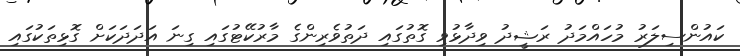
ކައުންސިލަރު މުހައްމަދު ރަޝީދު ވިދާޅުވި ގޮތުގައި ދަތުވެރިންގެ މާރުކޭޓުގައި ގިނަ އަދަދަކަށް ގޮޅިތަކުގައި